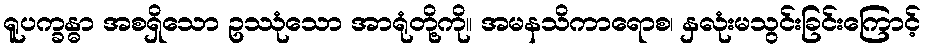
ရူပက္ခန္ဓာ အစရှိသော ဥဿုံသော အာရုံတို့ကို။ အမနသိကာရောစ၊ နှလုံးမသွင်းခြင်းကြောင့်